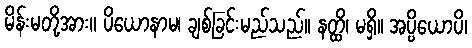
မိန်းမတို့အား။ ပိယောနာမ၊ ချစ်ခြင်းမည်သည်။ နတ္ထိ၊ မရှိ။ အပ္ပိယောပိ၊